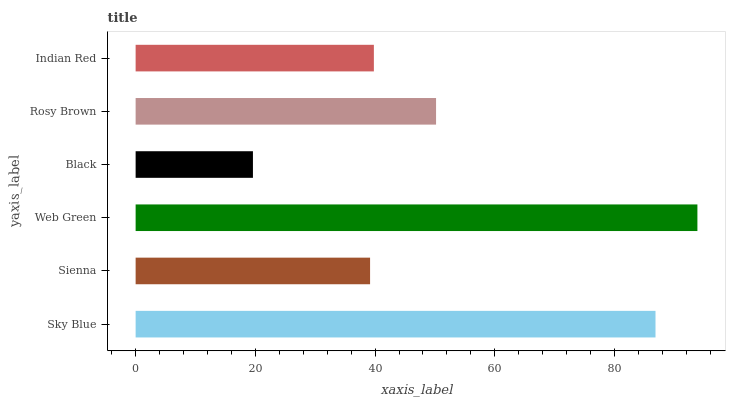
| yaxis_label | bars |
 | --- | --- |
 | Sky Blue | 86.8 |
 | Sienna | 39.2 |
 | Web Green | 93.8 |
 | Black | 19.6 |
 | Rosy Brown | 50.2 |
 | Indian Red | 39.8 |